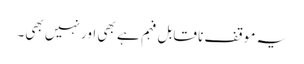
یہ موقف نا قابل فہم ہے بھی اور نہیں بھی۔